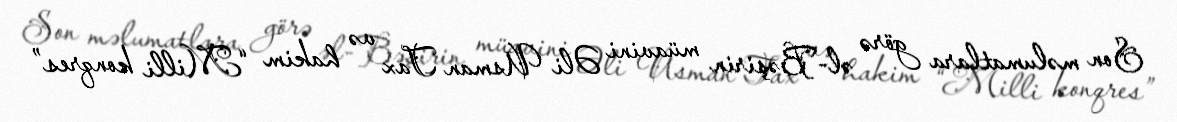
Son məlumatlara görə əl-Bəşirin müavini Əli Usman Tax və hakim “Milli konqres”